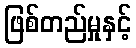
ဖြစ်တည်မှုနှင့်